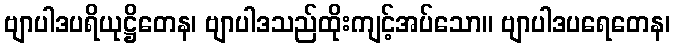
ဗျာပါဒပရိယုဋ္ဌိတေန၊ ဗျာပါဒသည်ထိုးကျင့်အပ်သော။ ဗျာပါဒပရေတေန၊